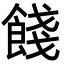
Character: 餞